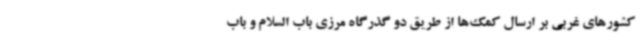
کشورهای غربی بر ارسال کمک‌ها از طریق دو گذرگاه مرزی باب السلام و باب